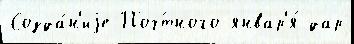
Созда́н'иjе Поч́тного январ'я́ дар